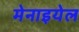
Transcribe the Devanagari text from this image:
मेनाइयेल